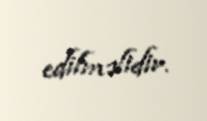
edilməlidir.